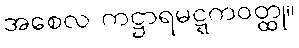
အစေလ ကဋ္ဌာရမဋ္ဋကဝတ္ထု။